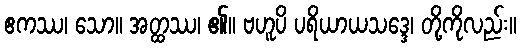
ဧကဿ၊ သော။ အတ္ထဿ၊ ၏။ ဗဟူပိ ပရိယာယသဒ္ဒေ၊ တို့ကိုလည်း။